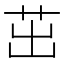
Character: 茁